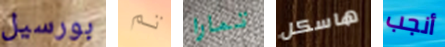
بورسيل تم تمارا هاسكل أنجب